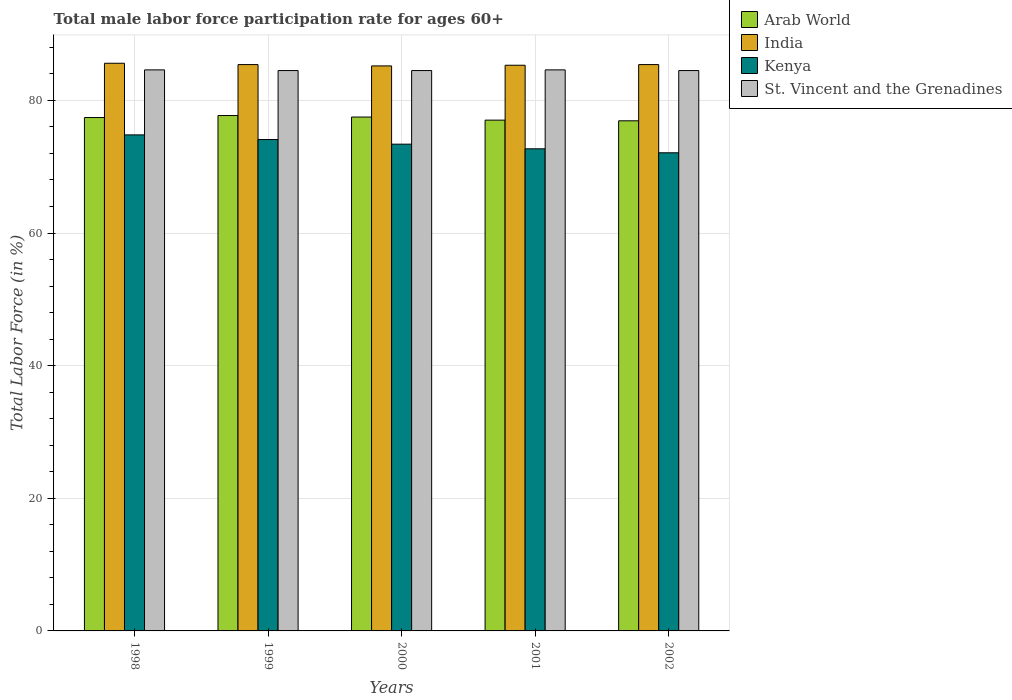
| Years | Arab World | India | Kenya | St. Vincent and the Grenadines |
 | --- | --- | --- | --- | --- |
 | 1998 | 77.4 | 85.6 | 74.8 | 84.6 |
 | 1999 | 77.7 | 85.4 | 74.1 | 84.5 |
 | 2000 | 77.5 | 85.2 | 73.4 | 84.5 |
 | 2001 | 77 | 85.3 | 72.7 | 84.6 |
 | 2002 | 76.9 | 85.4 | 72.1 | 84.5 |